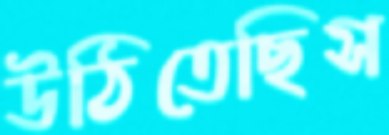
উঠিতেছিস